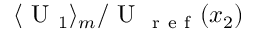
\langle \mathrm { ~ U ~ } _ { 1 } \rangle _ { m } / \mathrm { ~ U ~ } _ { \mathrm { ~ r ~ e ~ f ~ } } ( x _ { 2 } )